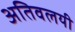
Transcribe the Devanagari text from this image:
अतिवलयी